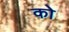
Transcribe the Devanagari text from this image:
को